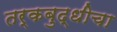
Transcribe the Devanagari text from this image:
तर्कबुद्धीचा